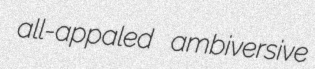
all-appaled ambiversive